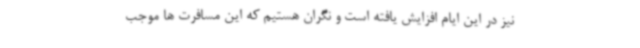
نیز در این ایام افزایش یافته است و نگران هستیم که این مسافرت ها موجب